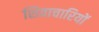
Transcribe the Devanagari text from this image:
शिवाचारियों